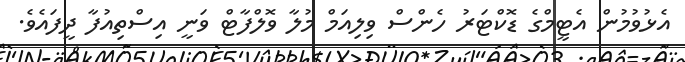
އެޅުވުމުން އެޓީމްގެ ޑޮކްޓަރު ހެންސް ވިލިއަމް މުލާ ވޮލްފާޓް ވަނީ އިސްތިއުފާ ދީފައެވެ.